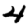
Digit: 4